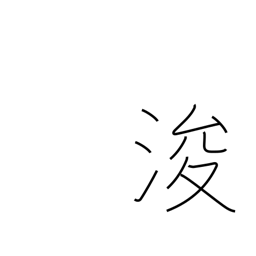
Meaning: dredge